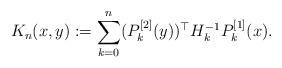
LaTeX: \begin{align*}K_{n}(x,y):=\sum_{k=0}^{n}(P_k^{[2]}(y))^\top H_k^{-1}P^{[1]}_k(x).\end{align*}